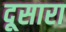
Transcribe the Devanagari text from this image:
दूसारा